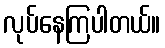
လုပ်နေကြပါတယ်။